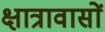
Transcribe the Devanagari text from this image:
क्षात्रावासों